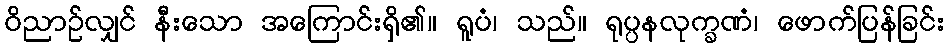
ဝိညာဉ်လျှင် နီးသော အကြောင်းရှိ၏။ ရူပံ၊ သည်။ ရုပ္ပနလုက္ခဏံ၊ ဖောက်ပြန်ခြင်း